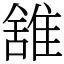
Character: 䧾